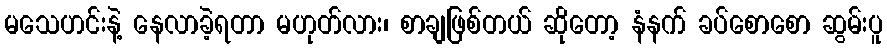
မသေဟင်းနဲ့ နေလာခဲ့ရတာ မဟုတ်လား၊ စာချဖြစ်တယ် ဆိုတော့ နံနက် ခပ်စောစော ဆွမ်းပူ